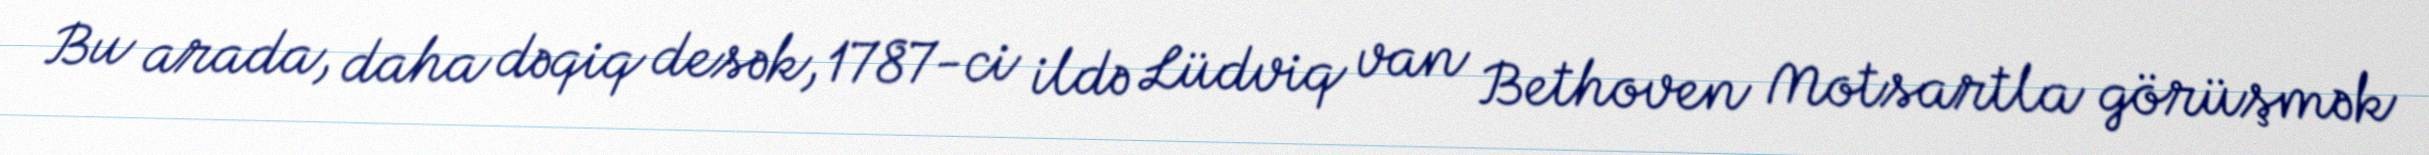
Bu arada, daha dəqiq desək, 1787-ci ildə Lüdviq van Bethoven Motsartla görüşmək